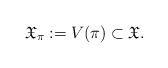
LaTeX: \begin{align*}\mathfrak X_\pi := V(\pi) \subset \mathfrak X.\end{align*}